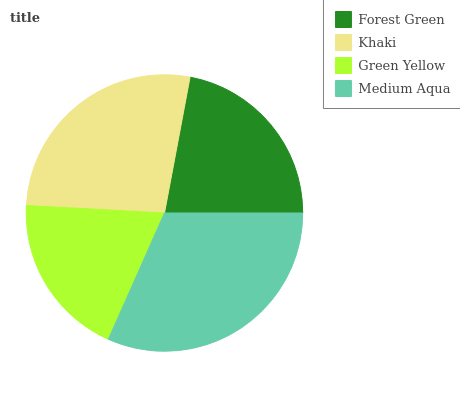
| Forest Green | Khaki | Green Yellow | Medium Aqua |
 | --- | --- | --- | --- |
 | 22.1% | 27% | 19.2% | 31.6% |